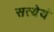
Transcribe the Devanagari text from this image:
सत्येयं